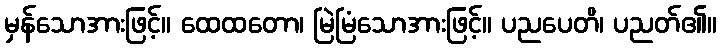
မှန်သောအားဖြင့်။ ထေထတော၊ မြဲမြံသောအားဖြင့်။ ပညပေတိ၊ ပညတ်၏။